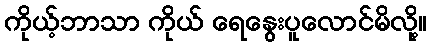
ကိုယ့်ဘာသာ ကိုယ် ရေနွေးပူလောင်မိလို့။